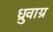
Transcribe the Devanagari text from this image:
ध्रुवाग्र